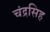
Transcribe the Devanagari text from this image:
चंद्रसिह